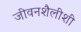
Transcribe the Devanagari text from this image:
जीवनशैलीशी